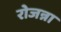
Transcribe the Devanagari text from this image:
रोजन्ना